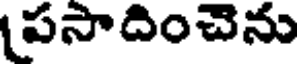
పసాదించెను